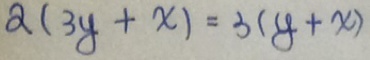
2 ( 3 y + x ) = 3 ( y + x )